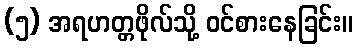
(၅) အရဟတ္တဖိုလ်သို့ ဝင်စားနေခြင်း။